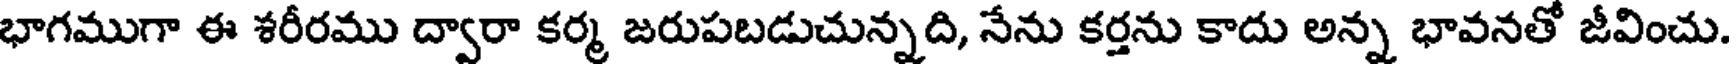
భాగముగా ఈ శరీరము ద్వారా కర్మ జరుపబడుచున్నది, నేను కర్తను కాదు అన్న భావనతో జీవించు.